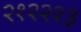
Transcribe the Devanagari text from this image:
२१२२२३